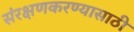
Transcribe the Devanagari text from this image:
संरक्षणकरण्यासाठी